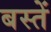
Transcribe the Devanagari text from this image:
बस्‍तें